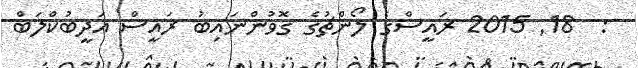
:  18